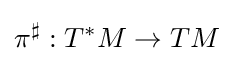
\pi ^{\sharp }:T^{*}M\to TM